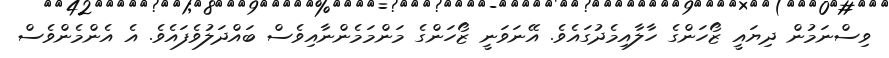
ވިސްނަމުން ދިޔައީ ޒޯހަންގެ ހާލާއިމެދުގައެވެ. އޭނަވަނީ ޒޯހަންގެ މަންމަމެންނާއިވެސް ބައްދަލުވެފައެވެ. އެ އެންމެންވެސް